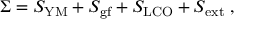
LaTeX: \Sigma = S _ { \mathrm { Y M } } + S _ { \mathrm { g f } } + S _ { \mathrm { L C O } } + S _ { \mathrm { e x t } } \; ,